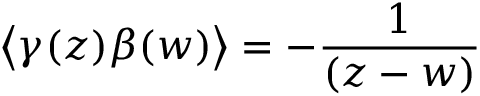
\left\langle \gamma ( z ) \beta ( w ) \right\rangle = - \frac 1 { ( z - w ) }